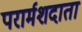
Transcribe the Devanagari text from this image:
परार्मशदाता